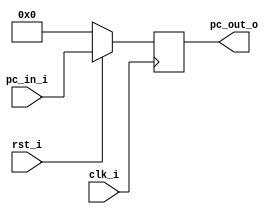
//Subject:     CO project 2 - PC
//--------------------------------------------------------------------------------
//Version:     1
//--------------------------------------------------------------------------------
//Writer:      0416024  0516310 f
//----------------------------------------------
//Date:        
//----------------------------------------------
//Description: 
//--------------------------------------------------------------------------------

module ProgramCounter(
    clk_i,
	rst_i,
	pc_in_i,
	pc_out_o
	);
     
//I/O ports
input           clk_i;
input	        rst_i;
input  [32-1:0] pc_in_i;
output [32-1:0] pc_out_o;
 
//Internal Signals
reg    [32-1:0] pc_out_o;
 
//Parameter

    
//Main function
always @(posedge clk_i) begin
    if(~rst_i)
	    pc_out_o <= 0;
	else
	    pc_out_o <= pc_in_i;
end

endmodule